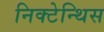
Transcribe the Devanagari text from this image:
निक्टेन्थिस